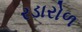
રડારોળ